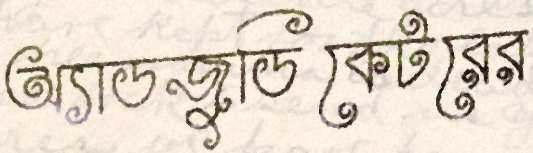
অ্যাডজুডিকেটরের